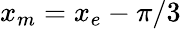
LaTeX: x_{m}=x_{e}-\pi/3